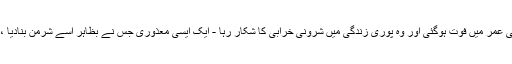
اس میں ذخیرہ کرنے والی عورت تقریبا X 1,5 میٹر اونچی تھی ، اس کی عمر 45 سال کی عمر میں فوت ہوگئی اور وہ پوری زندگی میں شرونی خرابی کا شکار رہا - ایک ایسی معذوری جس نے بظاہر اسے شرمن بنادیا ، کیوں کہ شمنوں کو صرف ذہنی یا جسمانی طور پر معذور ہونا غیر معمولی بات نہیں ہے۔